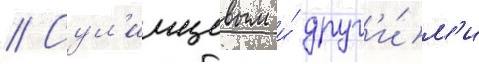
// Сул'имцевым и́ друг'и́м'и